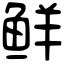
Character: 鲜